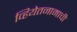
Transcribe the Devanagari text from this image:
व्हियेतनामाची